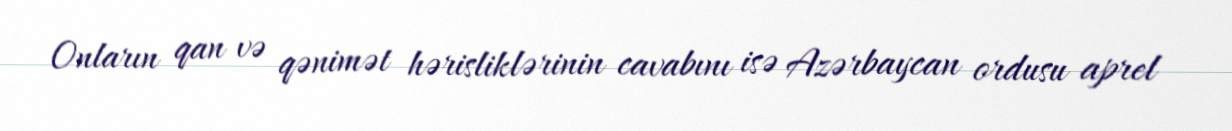
Onların qan və qənimət hərisliklərinin cavabını isə Azərbaycan ordusu aprel